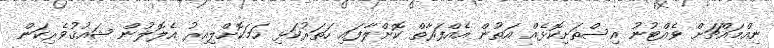
ނިއްމައްޗަށް ވެއްޓުނު އިސްތަށިކޮޅެއް އަތުން އެއްފަރާތް ކޮށްލާފައި ހަތަރުކަޅި ހަމަކޮށްލިއިރު އެލޮލުން ޝައުޤުވެރިކަން